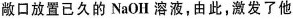
敞口放置已久的 NaOH溶液，由此，激发了他